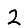
Digit: 2